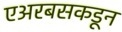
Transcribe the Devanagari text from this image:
एअरबसकडून